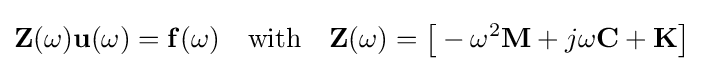
\mathbf {Z} (\omega )\mathbf {u} (\omega )=\mathbf {f} (\omega )\quad {\text{with}}\quad \mathbf {Z} (\omega )={\bigr [}-\omega ^{2}\mathbf {M} +j\omega \mathbf {C} +\mathbf {K} {\bigr ]}